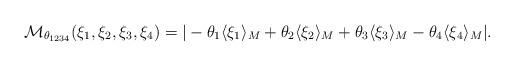
LaTeX: \begin{align*}\mathcal M_{\theta_{1234}}(\xi_1,\xi_2,\xi_3,\xi_4)=| -\theta_1\langle\xi_1\rangle_M+\theta_2\langle\xi_2\rangle_M+\theta_3\langle\xi_3\rangle_M-\theta_4\langle\xi_4\rangle_M |.\end{align*}